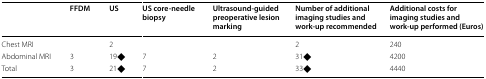
|  | FFDM | US | US core-needle biopsy | Ultrasound-guided preoperative lesion marking | Number of additional imaging studies and work-up recommended | Additional costs for imaging studies and work-up performed (Euros) |
 | --- | --- | --- | --- | --- | --- | --- |
 | Chest MRI |  | 2 |  |  | 2 | 240 |
 | Abdominal MRI | 3 | 19◆ | 7 | 2 | 31◆ | 4200 |
 | Total | 3 | 21◆ | 7 | 2 | 33◆ | 4440 |